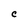
Character: e